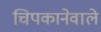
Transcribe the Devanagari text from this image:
चिपकानेवाले